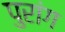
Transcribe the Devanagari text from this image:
पुरांग